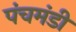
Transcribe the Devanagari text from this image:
पंचमंडी